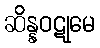
ဆိန္နဝဋုမေ